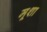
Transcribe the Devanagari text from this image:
मूशा